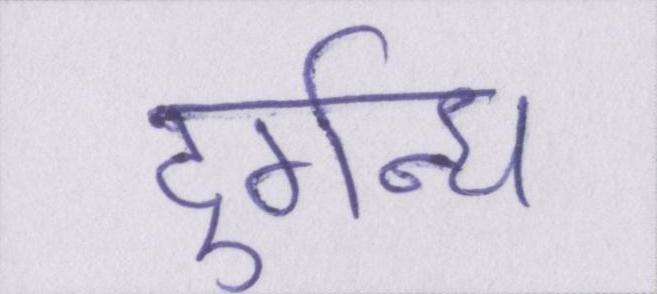
दुर्गन्ध